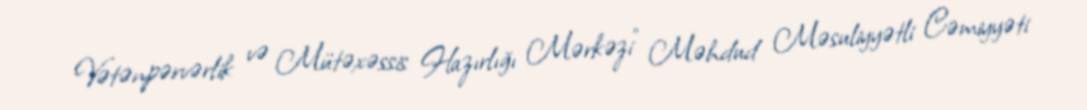
Vətənpərvərlik və Mütəxəssis Hazırlığı Mərkəzi” Məhdud Məsuliyyətli Cəmiyyəti